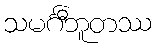
သမင်္ဂီဘူတဿ